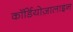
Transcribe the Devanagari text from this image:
कॉर्डियोज़ालाइन